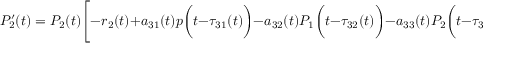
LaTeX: P _ { 2 } ^ { \prime } ( t ) = P _ { 2 } ( t ) { \Biggl [ } - r _ { 2 } ( t ) + a _ { 3 1 } ( t ) p { \biggl ( } t - \tau _ { 3 1 } ( t ) { \biggr ) } - a _ { 3 2 } ( t ) P _ { 1 } { \biggl ( } t - \tau _ { 3 2 } ( t ) { \biggr ) } - a _ { 3 3 } ( t ) P _ { 2 } { \biggl ( } t - \tau _ { 3 3 } ( t ) { \biggr ) } { \Biggr ] }